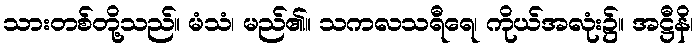
သားတစ်တို့သည်။ မံသံ၊ မည်၏။ သကလသရီရေ၊ ကိုယ်အလုံး၌။ အဋ္ဌီနိ၊